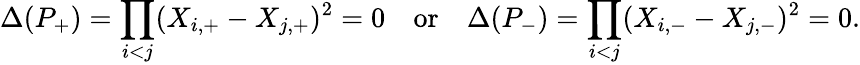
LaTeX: \Delta(P_{+})=\prod_{i<j}(X_{i,+}-X_{j,+})^{2}=0\quad\mathrm{or}\quad\Delta(P_{-})=\prod_{i<j}(X_{i,-}-X_{j,-})^{2}=0.